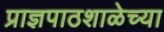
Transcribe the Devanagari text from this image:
प्राज्ञपाठशाळेच्या